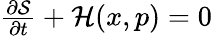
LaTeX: \begin{array}{r}{\frac{{\partial\mathcal{S}}}{{\partial t}}+\mathcal{H}(x,p)=0}\end{array}